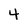
Character: 4